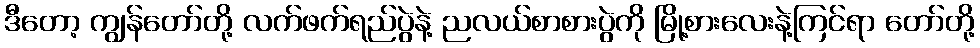
ဒီတော့ ကျွန်တော်တို့ လက်ဖက်ရည်ပွဲနဲ့ ညလယ်စာစားပွဲကို မြို့စားလေးနဲ့ကြင်ရာ တော်တို့